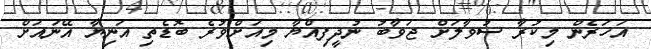
އަހަރެން މިކުރާ ސުވާލަށް ޖަވާބު ނުދީފިއްޔާ މިއަށްވުރެ ބޮޑެތި އަނިޔާ އޭނައަށް